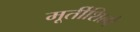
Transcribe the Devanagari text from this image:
मूर्तीशिल्पे